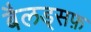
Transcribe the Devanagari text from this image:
बैलड्सफ़